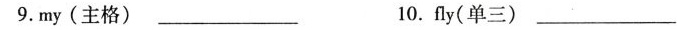
9.my(主格) ___10.fly(单三) ___